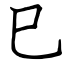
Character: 巳